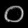
Digit: ၀